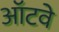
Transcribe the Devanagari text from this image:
ऑटवे